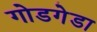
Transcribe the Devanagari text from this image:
गोडगेडा